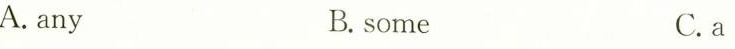
A. any B. some C.a